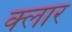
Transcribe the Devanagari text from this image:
क्लार